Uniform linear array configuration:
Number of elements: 4
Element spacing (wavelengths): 0.25
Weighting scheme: hamming
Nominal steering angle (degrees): -45
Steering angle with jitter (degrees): -45.758
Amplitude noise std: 0.05
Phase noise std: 0.05

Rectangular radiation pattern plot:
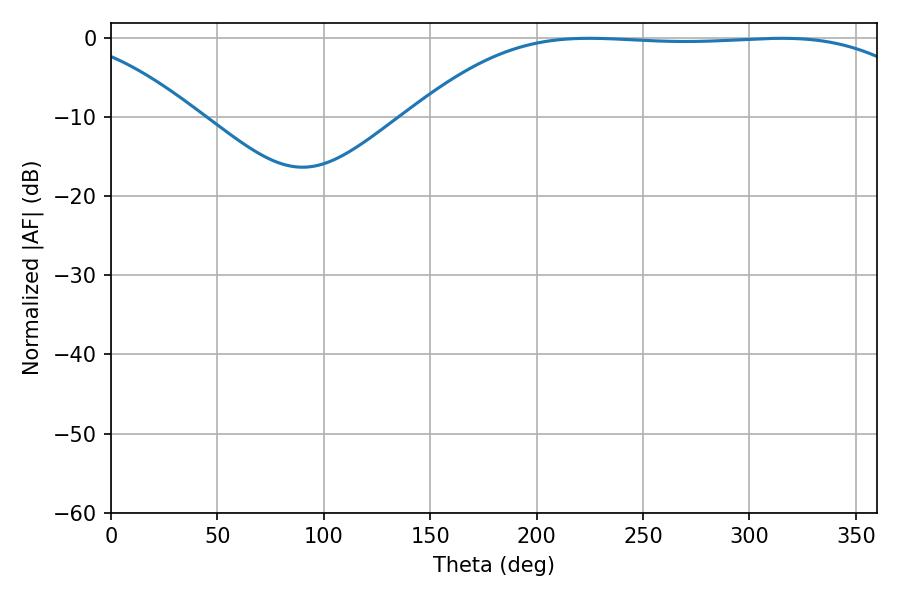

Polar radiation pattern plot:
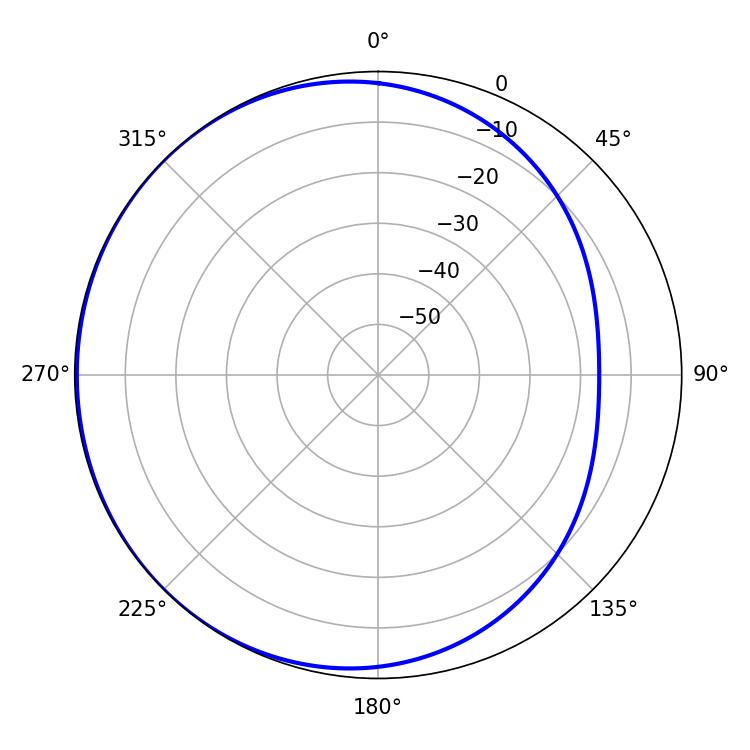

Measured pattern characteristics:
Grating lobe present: FALSE
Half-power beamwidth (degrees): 185.58
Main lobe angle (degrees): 224.82